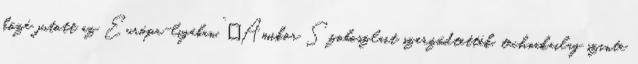
közé jutott az Európa-ligában.” „Amikor Szoboszlait szerződtették, technikailag szinte